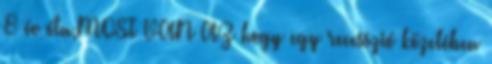
8 év óta,MOST VAN AZ hogy egy recesszió közelében